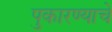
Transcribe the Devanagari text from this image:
पुकारण्याचे